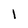
Character: I